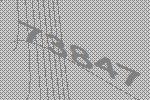
73847